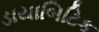
ડાયાબિટિક